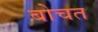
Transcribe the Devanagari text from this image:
बोचत